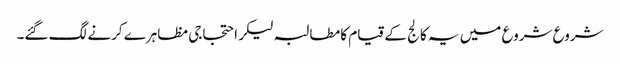
شروع شروع میں یہ کالج کے قیام کا مطالبہ لیکر احتجاجی مظاہرے کرنے لگ گئے۔